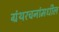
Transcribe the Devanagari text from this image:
ग्रंथरचनांमधील